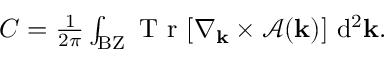
\begin{array} { r } { C = \frac { 1 } { 2 \pi } \int _ { \mathrm { B Z } } \mathrm { ~ T ~ r ~ } [ \nabla _ { \mathbf { k } } \times \boldsymbol { \mathcal { A } } ( \mathbf { k } ) ] \ \mathrm { d } ^ { 2 } { \bf k } . } \end{array}